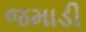
જમાડી